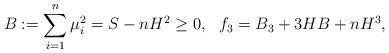
LaTeX: \begin{align*}B:=\sum_{i=1}^n\mu_i^2=S-nH^2\geq 0, \ \ f_3=B_3+3HB +nH^3,\end{align*}